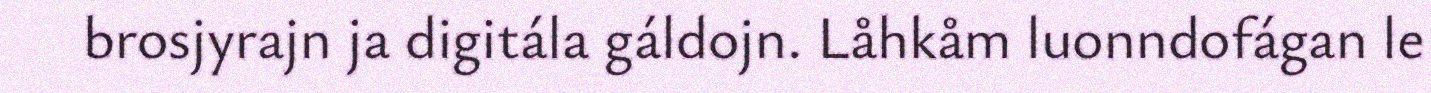
brosjyrajn ja digitála gáldojn. Låhkåm luonndofágan le